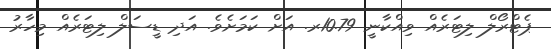
ޕެޓްރޯލް ލިޓަރެއް ވިއްކާނީ 10.79ރ. އަށް ކަމަށެވެ. އަދި ޑީސަލް ލިޓަރެއް މިހާރު